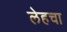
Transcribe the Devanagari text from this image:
लेहचा